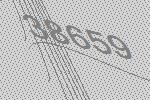
38659